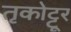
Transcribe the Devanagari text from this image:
तृकोट्टूर